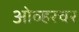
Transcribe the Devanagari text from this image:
ओव्हरचर